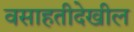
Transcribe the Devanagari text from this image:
वसाहतीदेखील